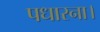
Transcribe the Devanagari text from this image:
पधारना।